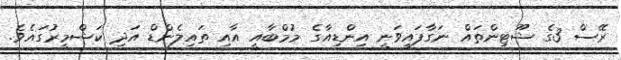
ރޭސް 3ގެ ޝޫޓިންތައް ނަގާފައިވަނީ އިންޑިއާގެ މުމްބާއީ އާއި ތައިލެންޑް އަދި ކަޝްމީރުގައެވެ.